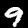
Label: 9